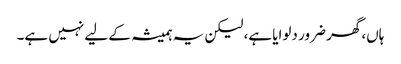
ہاں، گھر ضرور دلوایا ہے، لیکن یہ ہمیشہ کے لیے نہیں ہے۔